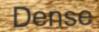
Dense